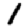
Digit: 1